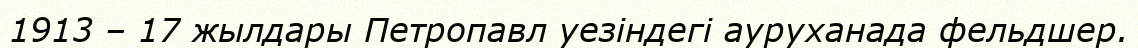
1913 – 17 жылдары Петропавл уезіндегі ауруханада фельдшер.